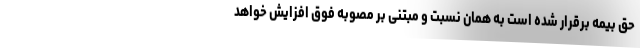
حق بیمه برقرار شده است به همان نسبت و مبتنی بر مصوبه فوق افزایش خواهد